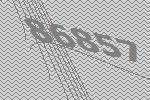
86857